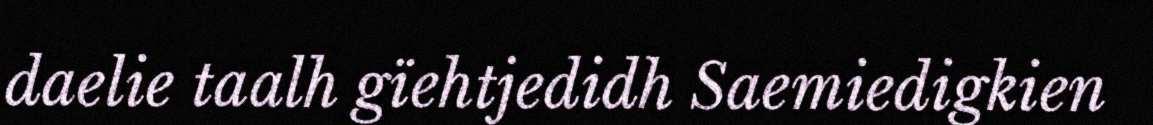
daelie taalh gïehtjedidh Saemiedigkien